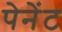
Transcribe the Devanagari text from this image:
पेनेंट